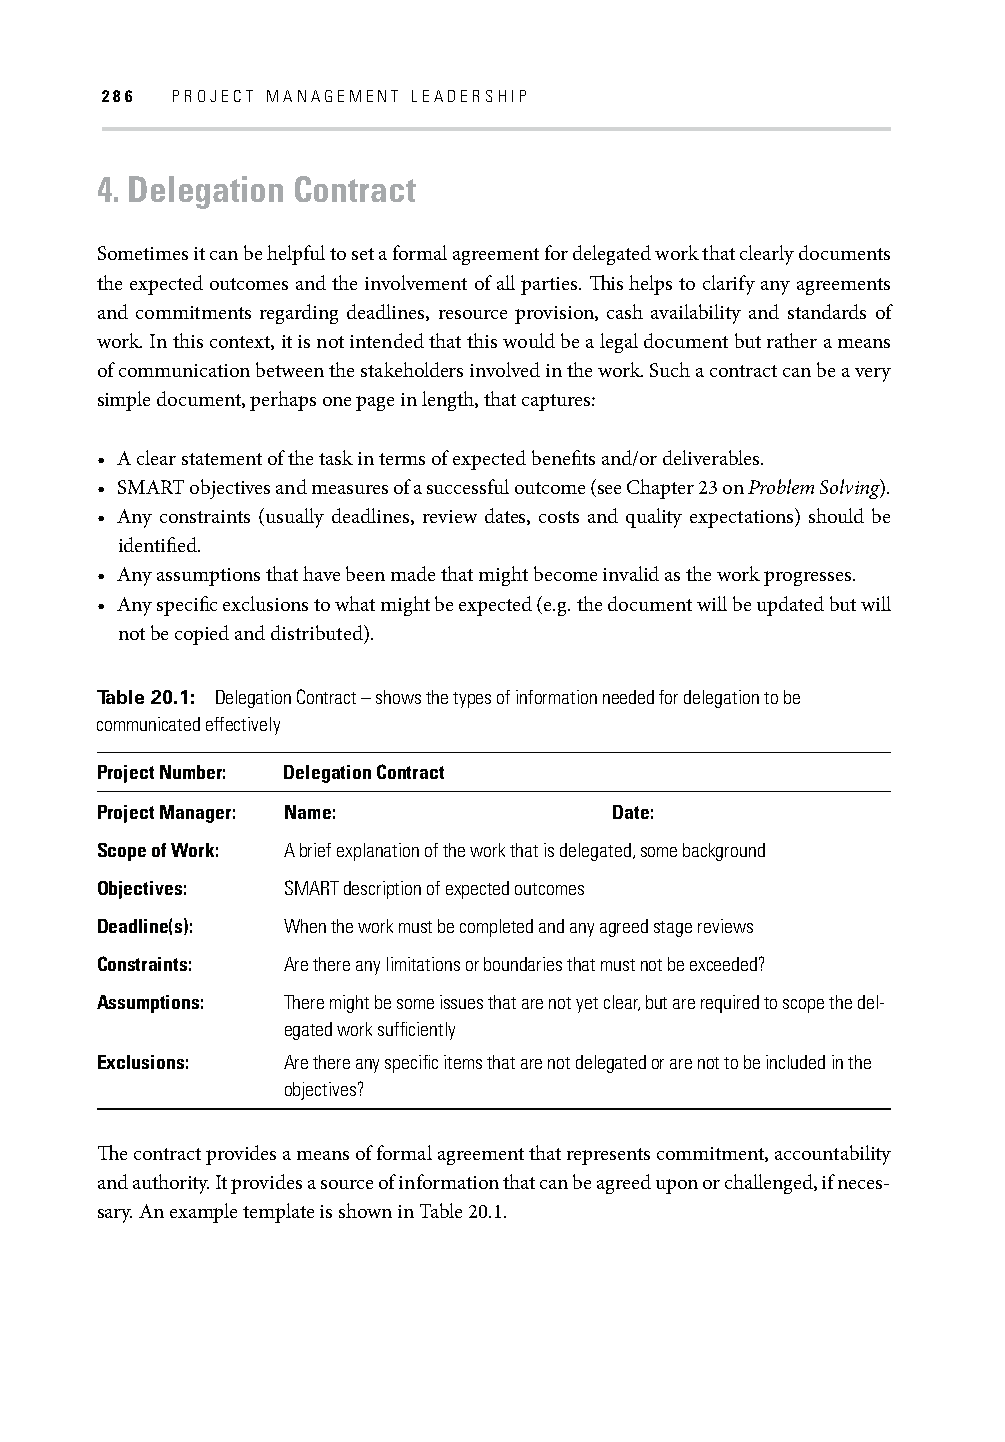
286 PROJECT MANAGEMENT LEADERSHIP
 4. Delegation Contract
 Sometimes it can be helpful to set a formal agreement for delegated work that clearly documents
 the expected outcomes and the involvement of all parties. Th is helps to clarify any agreements
 and commitments regarding deadlines, resource provision, cash availability and standards of
 work. In this context, it is not intended that this would be a legal document but rather a means
 of communication between the stakeholders involved in the work. Such a contract can be a very
 simple document, perhaps one page in length, that captures:
 • A clear statement of the task in terms of expected benefi ts and/or deliverables.
 • SMART objectives and measures of a successful outcome (see Chapter 23 on Problem Solving).
 • Any constraints (usually deadlines, review dates, costs and quality expectations) should be
 identifi ed.
 • Any assumptions that have been made that might become invalid as the work progresses.
 • Any specifi c exclusions to what might be expected (e.g. the document will be updated but will
 not be copied and distributed).
 Table 20.1: Delegation Contract – shows the types of information needed for delegation to be
 communicated effectively
 Project Number: Delegation Contract
 Project Manager: Name:             Date:
 Scope of Work: A brief explanation of the work that is delegated, some background
 Objectives:  SMART description of expected outcomes
 Deadline(s): When the work must be completed and any agreed stage reviews
 Constraints: Are there any limitations or boundaries that must not be exceeded?
 Assumptions: There might be some issues that are not yet clear, but are required to scope the del-
 egated work suffi ciently
 Exclusions:  Are there any specifi c items that are not delegated or are not to be included in the
 objectives?
 Th e contract provides a means of formal agreement that represents commitment, accountability
 and authority. It provides a source of information that can be agreed upon or challenged, if neces-
 sary. An example template is shown in Table 20.1.